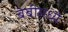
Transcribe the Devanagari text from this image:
बेबीमध्ये